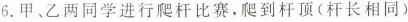
6.甲、乙两同学进行爬杆比赛，爬到杆顶(杆长相同)